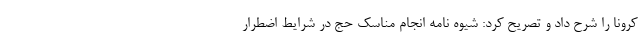
کرونا را شرح داد و تصریح کرد: شیوه نامه انجام مناسک حج در شرایط اضطرار